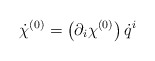
\begin{align*}{\dot\chi}^{(0)}=\left(\partial_i \chi^{(0)}\right) {\dot q}^i\end{align*}